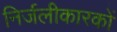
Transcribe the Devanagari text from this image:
निर्जलीकारकों